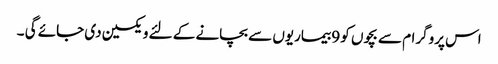
اس پروگرام سے بچوں کو 9 بیماریوں سے بچانے کے لئے ویکسین دی جائے گی ۔